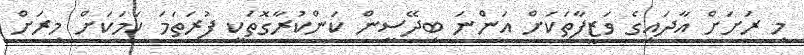
މި ރަށަށް އާދައިގެ ވަޒީފާތަކަށް އަންނަ ބިދޭސީން ކަންކުރާގޮތަކީ ފުރަތަމަ ކަމަކަށް މިރަށް